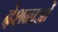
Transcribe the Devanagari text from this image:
देशनाओं